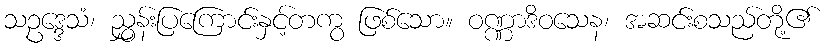
သဥဒ္ဒေသံ၊ ညွှန်းပြကြောင်းနှင့်တကွ ဖြစ်သော။ ဝဏ္ဏာဒိဝသေန၊ အဆင်းစသည်တို့၏